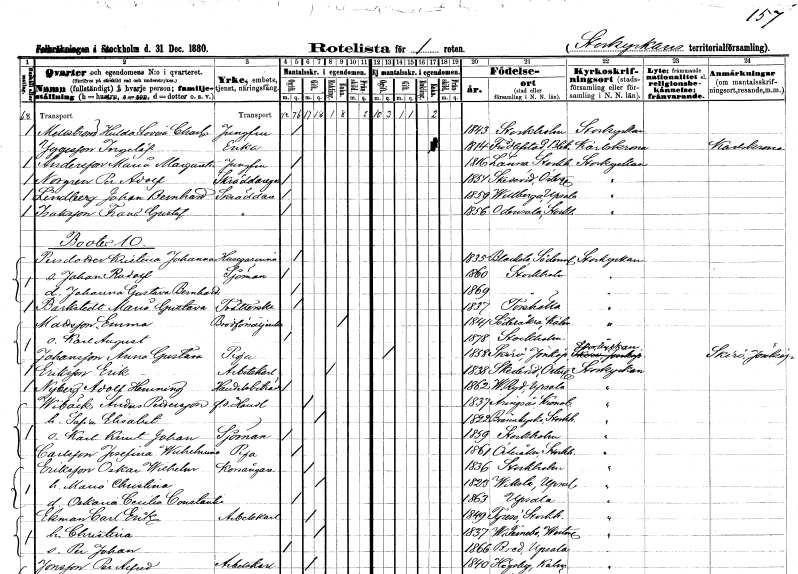
gt_parse: households: individuals: FN: Hulda Lovisa Charlotta
EN: Mellström
YRKE: Jungfru
KON: K
CIV: O
FODAR: 1843
FODFORS: Stockholm
FN: Ingelöf
EN: Yggesson
YRKE: Änka
KON: K
CIV: E
FODAR: 1814
FODFORS: Fridlevstad Blekinge län
FN: Maria Margareta
EN: Andersson
YRKE: Jungfru
KON: K
CIV: O
FODAR: 1816
FODFORS: Länna Stockholms län
FN: Per Axel
EN: Norgren
YRKE: Skräddaregesäll
KON: M
CIV: O
FODAR: 1851
FODFORS: Skedevi Östergötlands län
FN: Johan Bernhard
EN: Lindberg
YRKE: Skräddare
KON: M
CIV: O
FODAR: 1859
FODFORS: Villberga Uppsala län
FN: Frans Gustaf
EN: Isaksson
YRKE: Skräddare
KON: M
CIV: O
FODAR: 1856
FODFORS: Odensala Stockholms län
FN: Kristina Johanna
EN: Persdotter
YRKE: Husägarinna
KON: K
CIV: O
FODAR: 1835
FODFORS: Blacksta Södermanlands län
FN: Johan Rudolf
YRKE: Sjöman
KON: M
CIV: O
FODAR: 1860
FODFORS: Stockholm
FN: Johanna Gustava Bernhardina
KON: K
CIV: O
FODAR: 1869
FODFORS: Stockholm
FN: Maria Gustava
EN: Barkstedt
YRKE: Tvätterska
KON: K
CIV: O
FODAR: 1837
FODFORS: Torshälla Södermanlands län
FN: Emma
EN: Mattsson
YRKE: Brödförsäljerska
KON: K
CIV: E
FODAR: 1841
FODFORS: Söderåkra Kalmar län
FN: Karl August
KON: M
CIV: O
FODAR: 1878
FODFORS: Stockholm
FN: Anna Gustava
EN: Johansson
YRKE: Piga
KON: K
CIV: O
FODAR: 1858
FODFORS: Skirö Jönköpings län
FN: Erik
EN: Eriksson
YRKE: Arbetskarl
KON: M
CIV: O
FODAR: 1838
FODFORS: Skedevi Östergötlands län
FN: Adolf Henning
EN: Nyberg
YRKE: Handelsbiträde
KON: M
CIV: O
FODAR: 1862
FODFORS: Västra Ryd Stockholms län
FN: Anders
EN: Wibäck Pettersson
YRKE: Handlande f.d.
KON: M
CIV: G
FODAR: 1837
FODFORS: Aringsås Kronobergs län
FN: Sofia Elisabet
KON: K
CIV: G
FODAR: 1822
FODFORS: Brännkyrka Stockholms län
FN: Karl Knut Johan
YRKE: Sjöman
KON: M
CIV: O
FODAR: 1859
FODFORS: Stockholm
FN: Josefina Wilhelmina
EN: Carlsson
YRKE: Piga
KON: K
CIV: O
FODAR: 1861
FODFORS: Österåker Stockholms län
FN: Oskar Wilhelm
EN: Eriksson
YRKE: Korsångare
KON: M
CIV: G
FODAR: 1836
FODFORS: Stockholm
FN: Maria Christina
KON: K
CIV: G
FODAR: 1823
FODFORS: Viksta Uppsala län
FN: Oskaria Cecilia Constantia
KON: K
CIV: O
FODAR: 1863
FODFORS: Uppsala Uppsala län